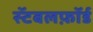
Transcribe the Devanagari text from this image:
स्टॅबलफ़ॉर्ड